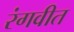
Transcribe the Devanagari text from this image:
रंगवीत